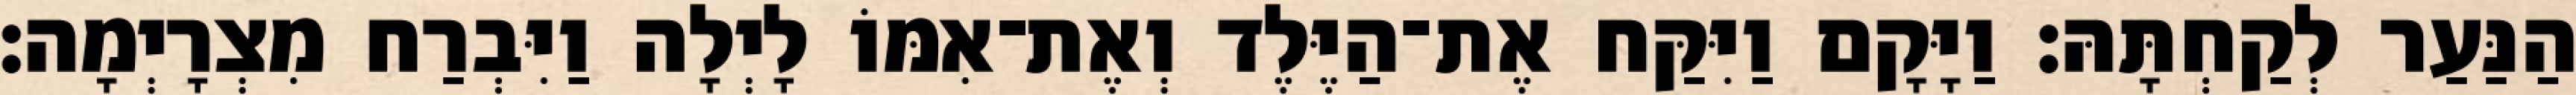
הַנַּעַר לְקַחְתָּהּ׃ וַיָּקָם וַיִּקַּח אֶת־הַיֶּלֶד וְאֶת־אִמּוֹ לָיְלָה וַיִּבְרַח מִצְרָיְמָה׃